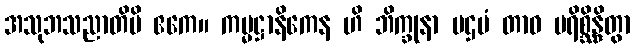
အသုဘသညာတိပိ ဧကေ။ ကမ္မဋ္ဌာနိကေန ဟိ ဘိက္ခုနာ ပဌမံ တာဝ ပရိစ္ဆိန္ဒိတွာ